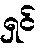
ရှင်